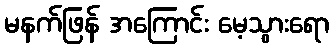
မနက်ဖြန် အကြောင်း မေ့သွားရော